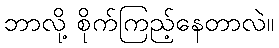
ဘာလို့ စိုက်ကြည့်နေတာလဲ။